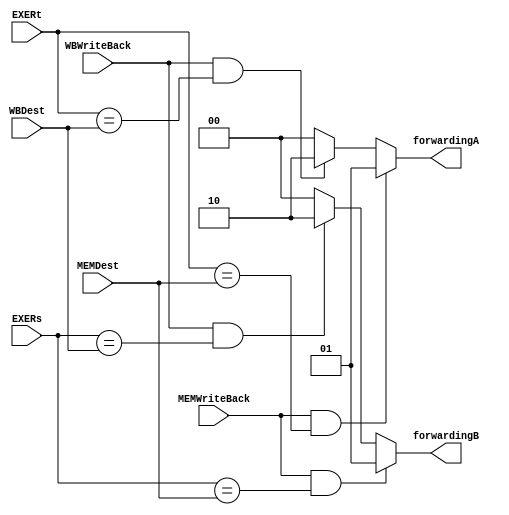
`timescale 1ns / 1ns
module forwardingUnit (input MEMWriteBack, WBWriteBack,
                       input [4:0] MEMDest, WBDest, EXERt, EXERs,
                       output reg [1:0] forwardingA, forwardingB);

  always @ (*) begin
    {forwardingA, forwardingB} <= 0;
    
    if (MEMWriteBack && EXERt == MEMDest) forwardingA <= 2'b01;
    else if (WBWriteBack && EXERt == WBDest) forwardingA <= 2'b10;

    if (MEMWriteBack && EXERs == MEMDest) forwardingB <= 2'b01;
    else if (WBWriteBack && EXERs == WBDest) forwardingB <= 2'b10;
  end
endmodule